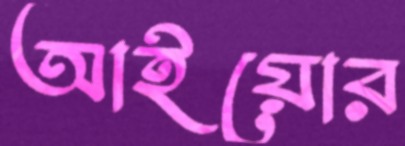
আইয়োর